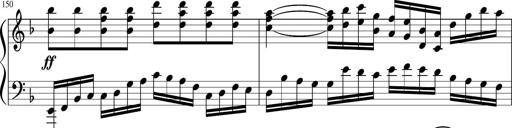
Title: Sonatina in F major
Composer: Ethan Ngo
Key: F major